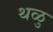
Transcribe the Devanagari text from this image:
थळु